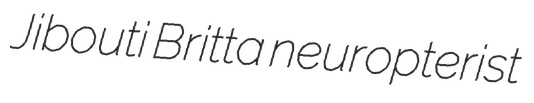
Jibouti Britta neuropterist